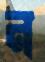
ন